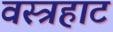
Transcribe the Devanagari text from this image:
वस्त्रहाट